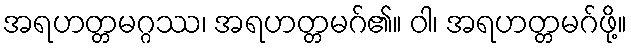
အရဟတ္တမဂ္ဂဿ၊ အရဟတ္တမဂ်၏။ ဝါ၊ အရဟတ္တမဂ်ဖို့။